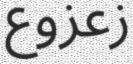
زعزوع